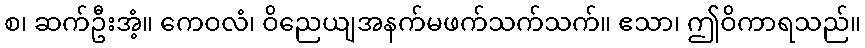
စ၊ ဆက်ဦးအံ့။ ကေဝလံ၊ ဝိညေယျအနက်မဖက်သက်သက်။ ဧသာ၊ ဤဝိကာရသည်။